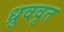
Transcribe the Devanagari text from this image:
ध्रुववृत